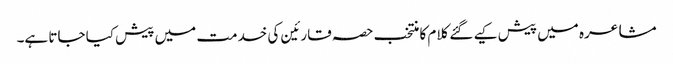
مشاعرہ میں پیش کیے گئے کلام کا منتخب حصہ قارئین کی خدمت میں پیش کیا جاتا ہے۔